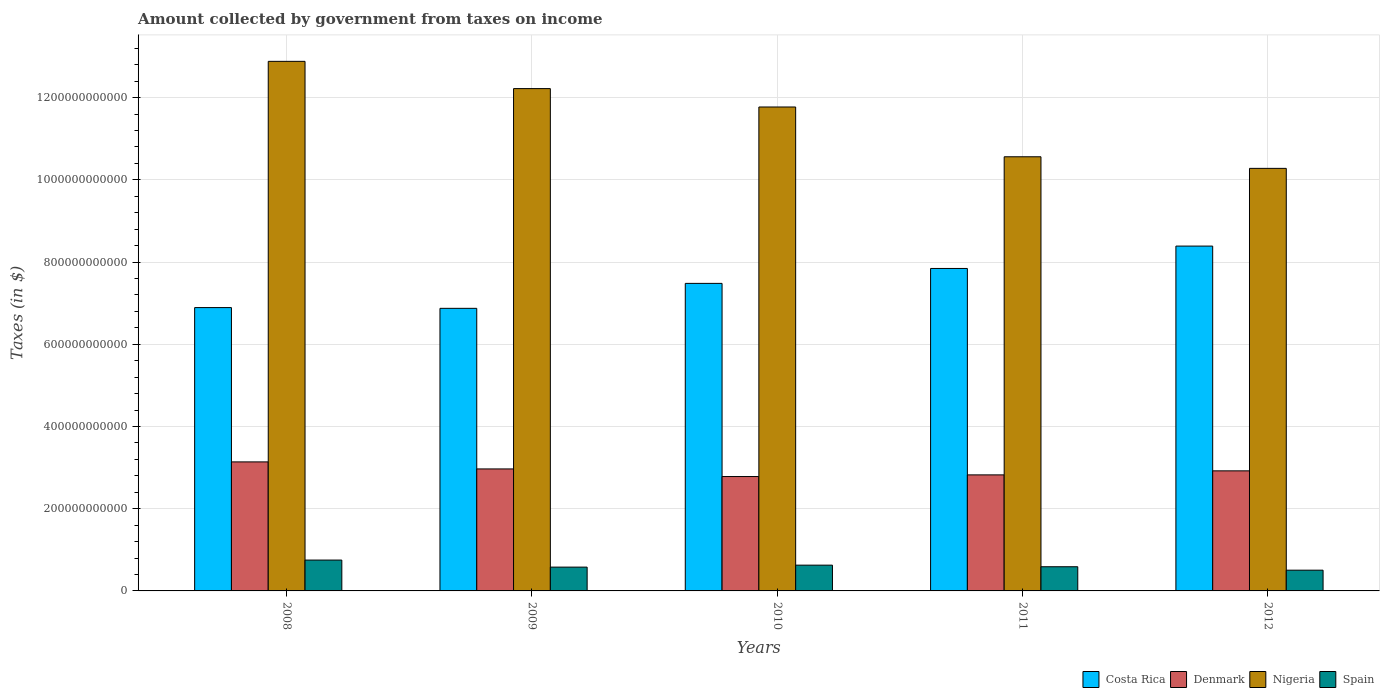
| Years | Costa Rica | Denmark | Nigeria | Spain |
 | --- | --- | --- | --- | --- |
 | 2008 | 6.89e+11 | 3.14e+11 | 1.29e+12 | 7.5e+10 |
 | 2009 | 6.87e+11 | 2.97e+11 | 1.22e+12 | 5.79e+10 |
 | 2010 | 7.48e+11 | 2.78e+11 | 1.18e+12 | 6.27e+10 |
 | 2011 | 7.84e+11 | 2.82e+11 | 1.06e+12 | 5.88e+10 |
 | 2012 | 8.39e+11 | 2.92e+11 | 1.03e+12 | 5.05e+10 |